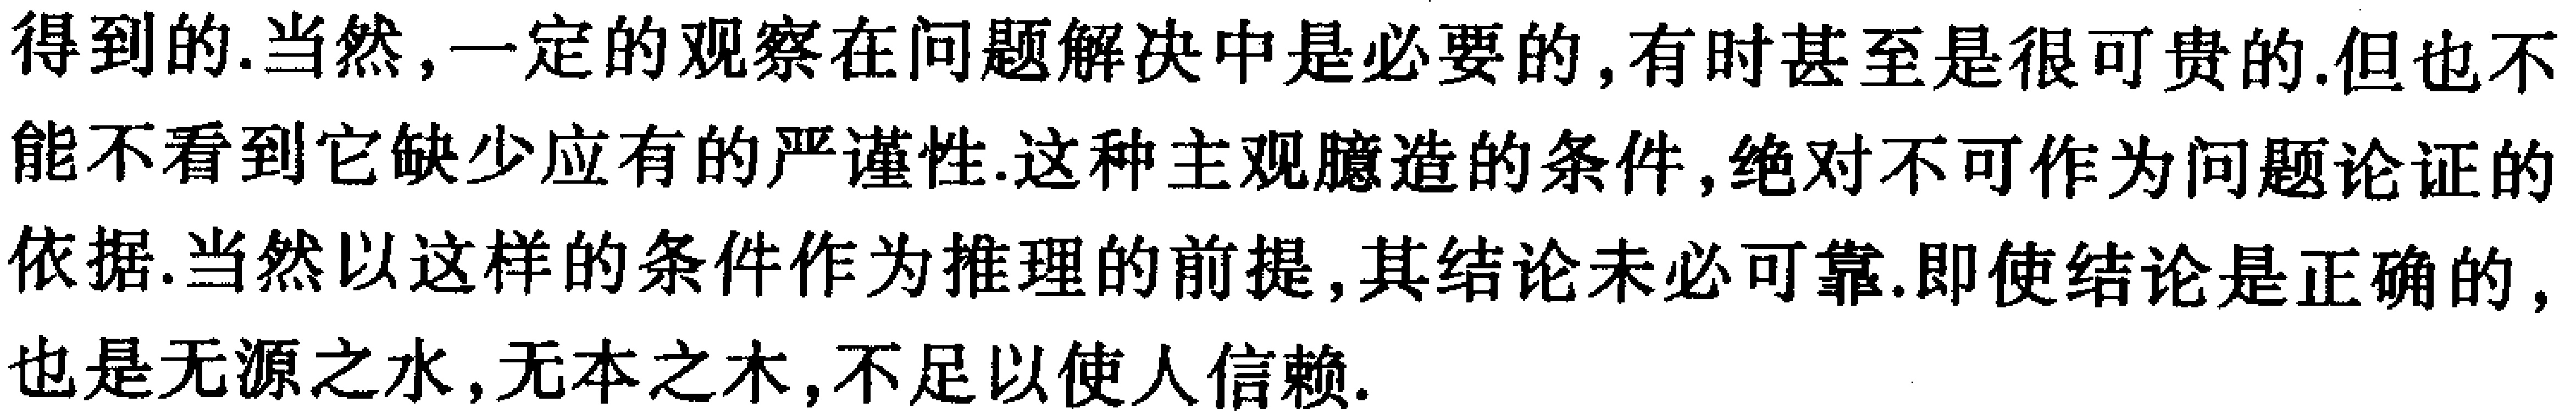
得到的.当然，一定的观察在问题解决中是必要的，有时甚至是很可贵的.但也不能不看到它缺少应有的严谨性.这种主观臆造的条件，绝对不可作为问题论证的依据.当然以这样的条件作为推理的前提，其结论未必可靠.即使结论是正确的，也是无源之水，无本之木，不足以使人信赖.